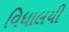
વિધાલયી